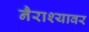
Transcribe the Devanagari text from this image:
नैराश्यावर